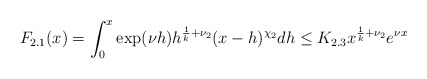
\begin{align*}F_{2.1}(x) = \int_{0}^{x} \exp( \nu h )h^{\frac{1}{k}+\nu_2} (x-h)^{\chi_{2}} dh \leq K_{2.3}x^{\frac{1}{k} + \nu_{2}} e^{\nu x} \end{align*}